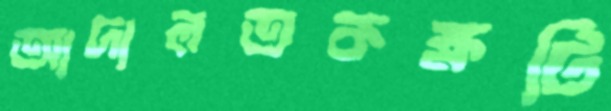
আদালতকক্ষটি